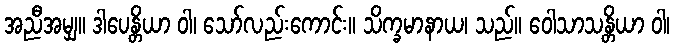
အညီအမျှ။ ဒါပေန္တိယာ ဝါ၊ သော်လည်းကောင်း။ သိက္ခမာနာယ၊ သည်။ ဝေါသာသန္တိယာ ဝါ၊